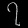
Digit: ၇